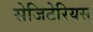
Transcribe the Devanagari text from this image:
सेजिटेरियस